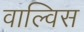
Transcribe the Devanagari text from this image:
वाल्विस